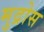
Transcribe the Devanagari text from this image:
मुद्रोस